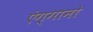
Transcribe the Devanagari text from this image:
एंग्गानो